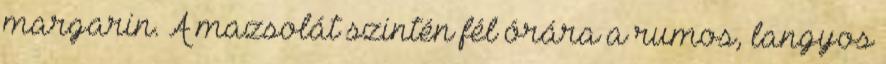
margarin. A mazsolát szintén fél órára a rumos, langyos